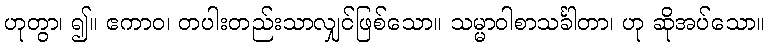
ဟုတွာ၊ ၍။ ဧကာဝ၊ တပါးတည်းသာလျှင်ဖြစ်သော။ သမ္မာဝါစာသင်္ခါတာ၊ ဟု ဆိုအပ်သော။